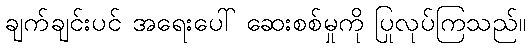
ချက်ချင်းပင် အရေးပေါ် ဆေးစစ်မှုကို ပြုလုပ်ကြသည်။